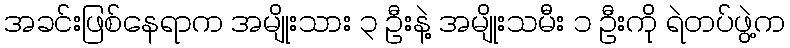
အခင်းဖြစ်နေရာက အမျိုးသား ၃ ဦးနဲ့ အမျိုးသမီး ၁ ဦးကို ရဲတပ်ဖွဲ့က